Calcutta medical institutions reports 1871-78
Year: 1871
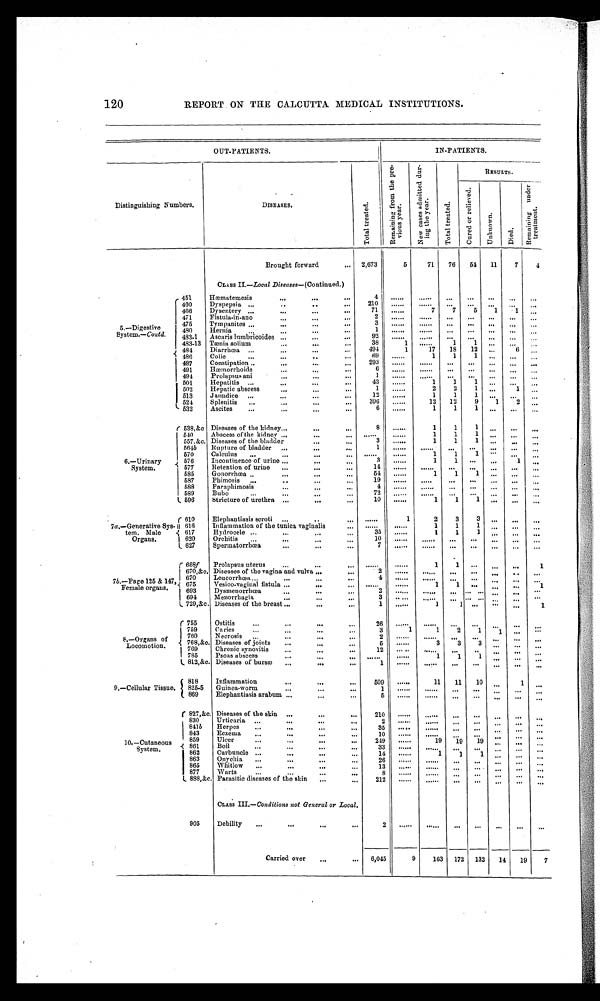
120
REPORT ON THE CALCUTTA. MEDICAL INSTITUTIONS.
OUT-PATIENTS.
IN-PATIENTS.
Distinguishing Numbers.
DISEASES.
Tot al t reat ed.
R e m a i n i n g f r o m t h e p r e -
v i o u s y e a r .
N e w c a s e s a d m i t t e d d u r - i n g t h e y e a r .
T o t a l t r e a t e d .
RESULTS.
C u r e d o r r e l i e v e d .
U n k n o w n .
D i e d .
R e m a i n i n g u n d e r t r e a t m e n t .
Brought forward
2,673
5
71 76 54 11
7
4
CLASS II.—Local Diseases—(Continued.)
5.—Digestive
System.—Contd.
451
Haematemesis
4
. . . . . .
. . . . . .
...
. . .
. . .
. . .
. . .
460
Dyspepsia
210
. . . . . .
. . . . . . . . .
. . . ... ...
. . .
466
Dysentery
71
. . . . . .
7
7
5
1
1
. . .
471
Fistula-in-ano
2
. . . . . .
. . . . . .
. . .
. . .
. . .
. . .
. . .
475
Tympanites
3
. . . . . .
. . . . . .
. . .
. . .
. . .
. . .
. . .
480
Hernia
1
. . . . . .
. . . . . . ...
. . .
. . .
. . .
. . .
483-1 Ascaris lumbricoides
92
. . . . . . . . . . . .
. . . ... ... ...
. . .
483-13 Tænia solium
38
1 ......
1
1
. . .
. . .
. . .
484
Diarrhœa
494
1
17 18 12
. . .
6
. . .
486
Colic
69
. . . . . . 1
1
1 ... ...
. . .
487
Constipation
2 9 3
. . . . . .
. . . . . . . . .
. . .
. . .
. . .
. . .
491
Hæmorrhoids
6
. . . . . .
. . . . . .
. . .
. . .
. . .
. . .
. . .
494
Prolapsus ani
1
. . . . . . ...... ...
. . . ... ...
. . .
501
Hepatitis
43
. . . . . . 1
1
1
. . .
. . . . . .
502
Hepatic abscess
1
. . . . . . 2
2
1 ...
1
. . .
513
Jaundice
12
. . . . . . 1
1
1 ...
. . . ...
524
Splenitis
396
. . . . . . 12 12
9
1
2
. . .
532
Ascites
6
. . . . . . 1
1
1
. . .
. . .
. . .
6.—Urinary
System.
538,&c Diseases of the kidney
8
. . . . . . 1
1
1
. . .
. . . . . .
540
Abscess of the kidney
......
. . . . . . 1
1
1 ... ... ...
557.&c Diseases of the bladder
3
. . . . . .
1
1
1 ...
. . .
. . .
564 b Rupture of bladder
1
. . . . . .
. . . . . . . . .
. . .
. . .
. . .
. . .
570
Calculus
. . . . . .
. . . . . . 1
1
1
. . . ... ...
576
Incontinence of urine
3 ......
1
1
. . .
. . . 1
. . .
577
Retention of urine
14
. . . . . .
. . . . . .
. . .
. . .
. . .
. . .
. . .
585
Gonorrhoea
54 ......
1
1
1 ... ... ...
587
Phimosis
19
. . . . . .
. . . . . .
. . .
. . .
. . .
. . .
. . .
588
Paraphimosis
4
. . . . . .
. . . . . . ...
. . .
. . .
. . .
. . .
589
Bubo
72
. . . . . .
. . . . . .
. . .
. . . ... ... ...
596
Stricture of urethra
10 ......
1
1
1
. . .
. . .
. . .
7a .—Generative Sys
- tem. Male
O r g a n s .
610
Elephantiasis scroti
......
1
2
3
3 ... ... ...
616
Inflammation of the tunica vaginalis
. . . . . .
. . . . . .
1
1
1 ... ...
...
617
Hydrocele
35 ......
1 1
1
. . .
. . .
. . .
620
Orchitis
10
. . . . . .
. . . . . . . . .
. . .
. . .
. . .
. . .
627
Spermatorrhœa
7
. . . . . .
. . . . . .
. . .
. . .
. . .
. . .
. . .
7b.—Page 125 & 147,
Female organs.
668f Prolapsus uterus
. . . . . .
. . . . . .
1
1
. . .
. . .
. . .
1
670,&c. Diseases of the vagina and vulva
2
. . . . . . ...... ...
. . .
. . .
. . .
. . .
670
Leucorrhœa
4
. . . . . .
. . . . . . . . .
. . .
. . .
. . .
. . .
6 7 5 Vesico-vaginal fistula
. . . . . .
. . . . . .
1
1
. . .
. . .
. . .
1
693
Dysmenorrhœa
2 ......
. . . . . .
. . .
. . .
. . .
. . . ...
694
Menorrhagia
3
. . . . . . ......
. . .
...
. . . . . .
. . .
729,&c. Diseases of the breast
1 ......
1
1
. . . . . .
. . . 1
8.—Organs of
Locomotion.
755
Ostitis
26 ......
. . . . . . . . .
. . .
. . . . . .
. . .
759
Caries
3
1
1
2
1
1
. . . ...
760
Necrosis
2
. . . . . .
. . . . . .
. . .
. . .
. . .
. . .
. . .
768,&c. Diseases of joints
5 ......
3
3
3
. . .
. . .
. . .
7 6 9 Chronic synovitis
12
. . . . . .
. . . . . .
. . .
. . . . . .
. . .
. . .
785
Psoas abscess
......
......
1
1
1
. . .
. . .
. . .
812,&c. Diseases of bursæ
1
. . . . . .
. . . . . . . . .
. . .
. . .
. . .
. . .
9.—Cellular Tissue.
818
Inflammation
509 ......
11 11 10
. . .
1
. . .
825.5 Guinea-worm
1
. . . . . .
. . . . . .
. . .
. . . . . .
. . . ...
869
Elephantiasis arabum
5
. . . . . .
. . . . . .
. . .
. . .
. . .
. . .
. . .
10.—Cutaneous
System.
827,&c. Diseases of the skin
210
. . . . . .
......
. . . . . .
. . .
. . .
. . .
830
Urticaria
2
. . . . . .
. . . . . . . . .
. . .
. . .
. . .
. . .
841b Herpes
35 .....
...... ... ...
...
...
...
843
Eczema
10
. . . . . .
. . . . . .
. . .
. . . . . .
. . . . . .
859
Ulcer
249 ......
19 19 19
. . .
. . .
. . .
861
Boil
33
. . . . . .
. . . . . .
. . .
. . .
. . . . . .
. . .
862
Carbuncle
14 ......
1
1
1
. . .
. . .
. . .
863
Onychia
26
. . . . . .
. . . . . .
. . .
. . . ... ...
. . .
865
Whitlow
13
. . . . . .
. . . . . .
. . .
. . .
. . .
. . .
. . .
877
Warts
8
. . . . . .
. . . . . .
. . .
. . .
. . .
. . .
. . .
888,&c Parasitic diseases of the skin
212
. . . . . .
. . . . . .
. . .
. . .
. . .
. . .
. . .
CLASS III.— Conditions not General or Local.
905
Debility
2
. . . . . . ...... ... ...
. . .
. . .
. . .
Carried over
6,045
9
163 172 132 14 19
7